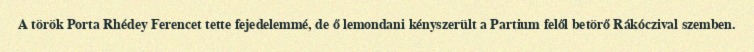
A török Porta Rhédey Ferencet tette fejedelemmé, de ő lemondani kényszerült a Partium felől betörő Rákóczival szemben.